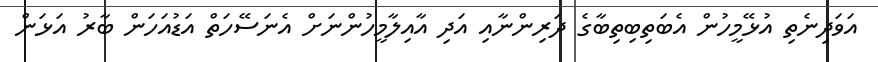
އަވަދިނެތި އުޅޭމީހުން އެބަތިބިތިބާގެ ދަރިންނާއި އަދި އާއިލާމީހުންނަށް އެނަސޭހަތް އަޑުއަހަން ބާރު އަޅަން